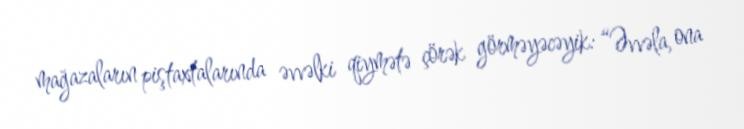
mağazaların piştaxtalarında əvvəlki qiymətə çörək görməyəcəyik: “Əvvəla, ona